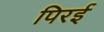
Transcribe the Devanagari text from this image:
पिरई